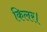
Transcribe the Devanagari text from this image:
किलर।